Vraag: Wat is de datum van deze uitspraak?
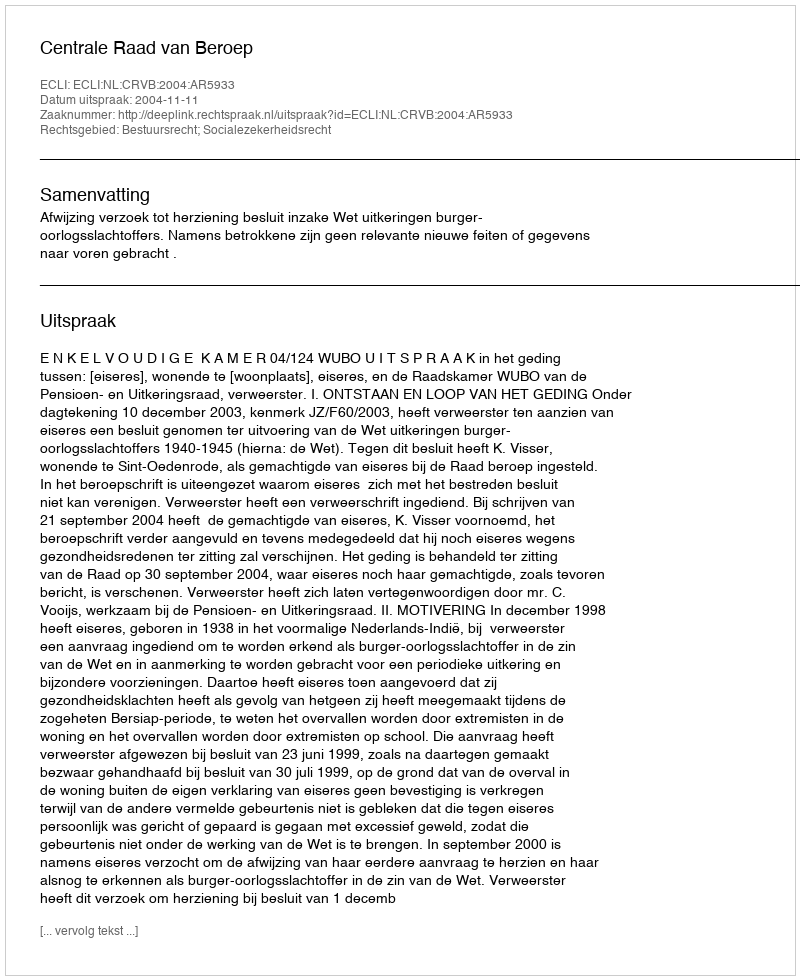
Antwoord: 2004-11-11